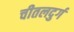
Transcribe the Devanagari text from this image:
चीतलदुर्ग